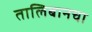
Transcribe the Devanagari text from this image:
तालिबानचा